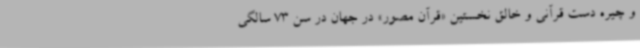
و چیره دست قرآنی و خالق نخستین «قرآن مصور» در جهان در سن 73 سالگی